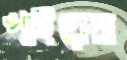
খাইয়েরা